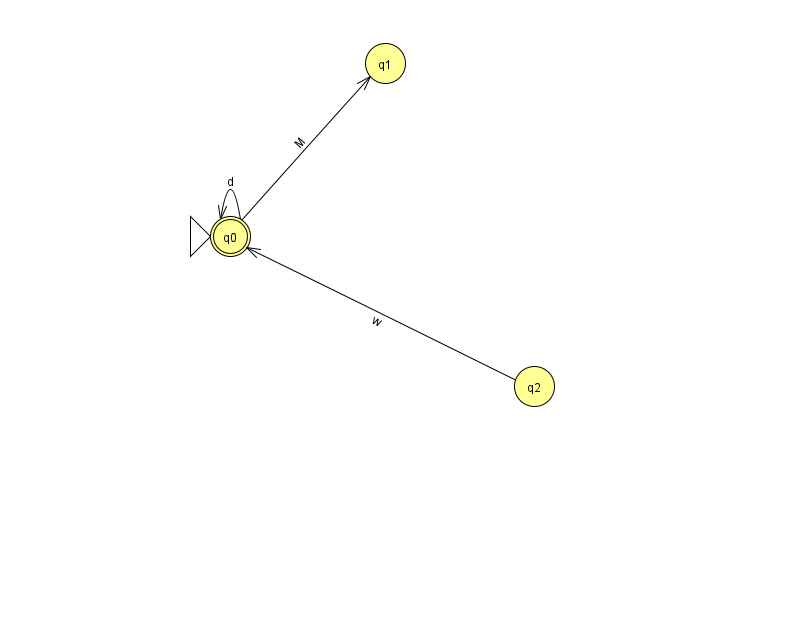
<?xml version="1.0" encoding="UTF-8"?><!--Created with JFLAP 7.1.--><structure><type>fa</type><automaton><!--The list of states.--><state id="0" name="q0"><x>230.0</x><y>223.0</y><initial/><final/></state><state id="1" name="q1"><x>385.0</x><y>50.0</y></state><state id="2" name="q2"><x>534.0</x><y>373.0</y></state><!--The list of transitions.--><transition><from>2</from><to>0</to><read>w</read></transition><transition><from>0</from><to>0</to><read>d</read></transition><transition><from>0</from><to>1</to><read>M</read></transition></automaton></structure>